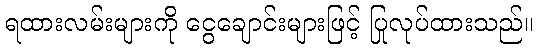
ရထားလမ်းများကို ငွေချောင်းများဖြင့် ပြုလုပ်ထားသည်။